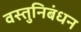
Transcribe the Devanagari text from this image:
वस्तुनिबंधन